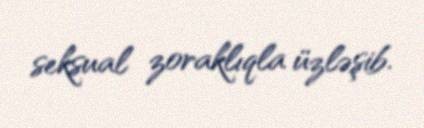
seksual zoraklıqla üzləşib.